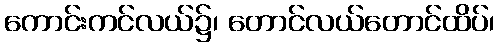
ကောင်းကင်လယ်၌၊ တောင်လယ်တောင်ထိပ်၊